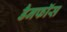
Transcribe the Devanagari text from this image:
डैनफॉस